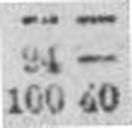
100 40